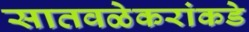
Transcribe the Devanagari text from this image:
सातवळेकरांकडे